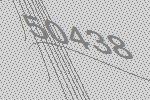
50438